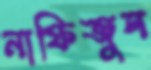
নাফিজুল